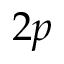
2 p